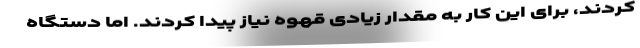
کردند، برای این کار به مقدار زیادی قهوه نیاز پیدا کردند. اما دستگاه